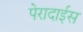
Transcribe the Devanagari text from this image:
पेरादाईस